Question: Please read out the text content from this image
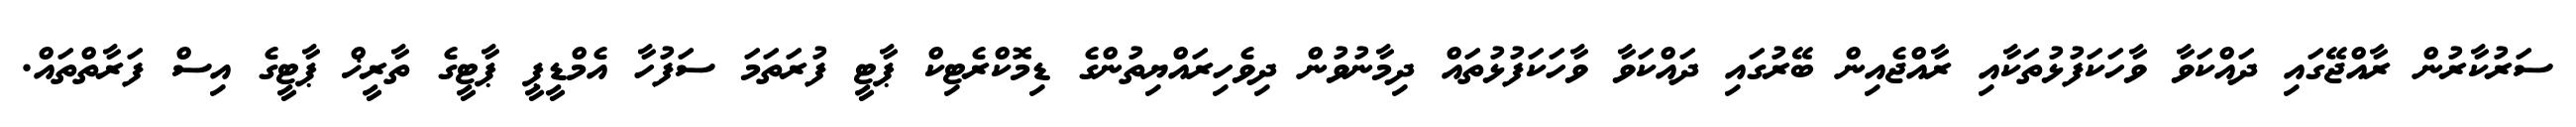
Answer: ސަރުކާރުން ރާއްޖޭގައި ދައްކަވާ ވާހަކަފުޅުތަކާއި ރާއްޖެއިން ބޭރުގައި ދައްކަވާ ވާހަކަފުޅުތައް ދިމާނުވުން ދިވެހިރައްޔިތުންގެ ޑިމޮކްރެޓިކް ޕާޓީ ފުރަތަމަ ސަފުހާ އެމްޑީޕީ ޕާޓީގެ ތާރީޚް ޕާޓީގެ އިސް ފަރާތްތައް.